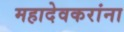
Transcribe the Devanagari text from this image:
महादेवकरांना